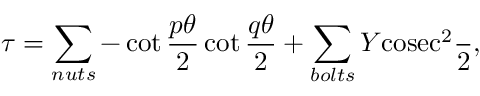
\tau = \sum _ { n u t s } - \cot \frac { p \theta } { 2 } \cot \frac { q \theta } { 2 } + \sum _ { b o l t s } \cal { Y } \mathrm { c o s e c } ^ { 2 } \frac { \theta } { 2 } ,